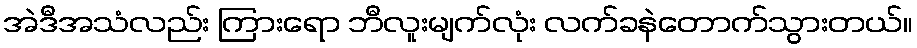
အဲဒီအသံလည်း ကြားရော ဘီလူးမျက်လုံး လက်ခနဲတောက်သွားတယ်။